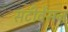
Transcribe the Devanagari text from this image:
सटीवेंसन